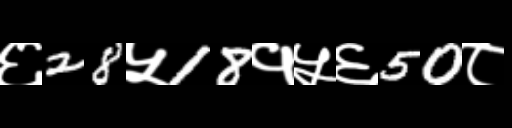
Text: ६28५18१५६50८